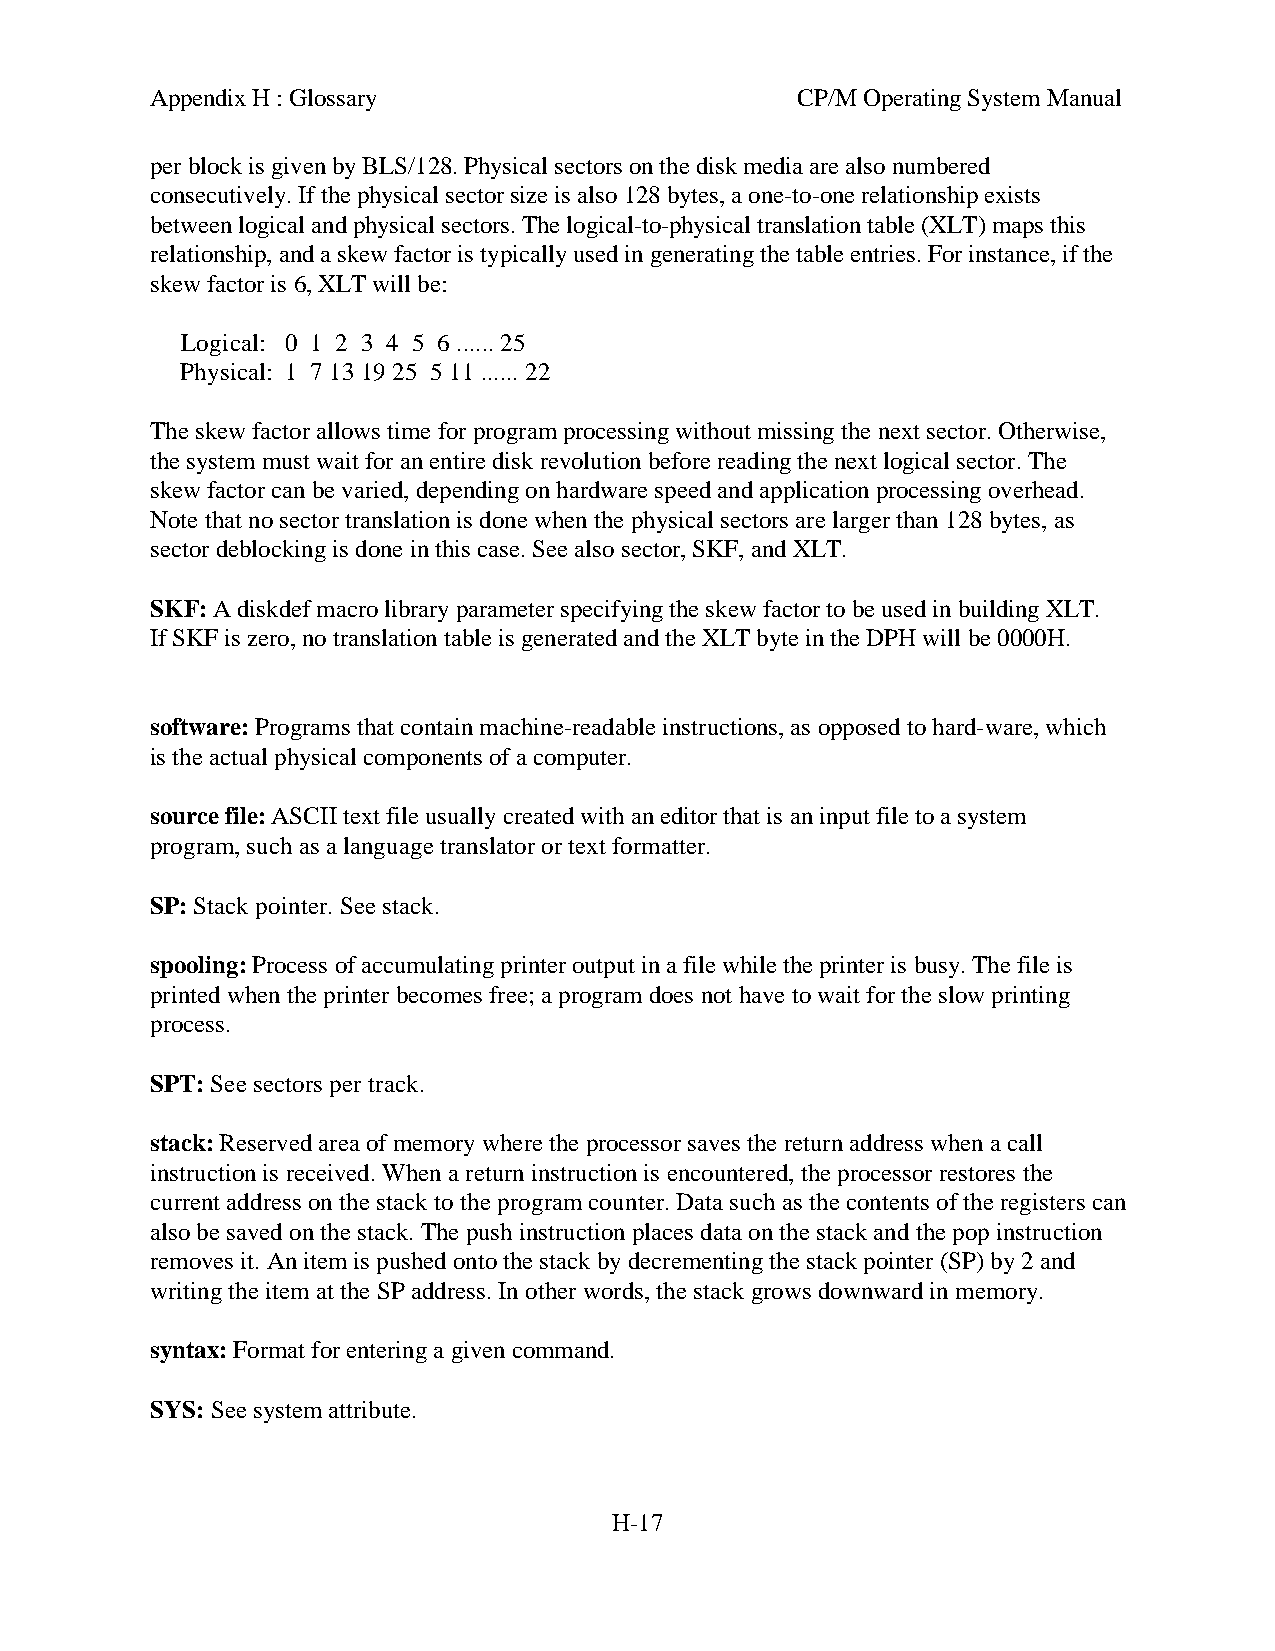
Appendix H : Glossary                      CP/M Operating System Manual
 per block is given by BLS/128. Physical sectors on the disk media are also numbered
 consecutively. If the physical sector size is also 128 bytes, a one-to-one relationship exists
 between logical and physical sectors. The logical-to-physical translation table (XLT) maps this
 relationship, and a skew factor is typically used in generating the table entries. For instance, if the
 skew factor is 6, XLT will be:
 Logical: 0 1 2 3 4 5 6 ...... 25
 Physical: 1 7 13 19 25 5 11 ...... 22
 The skew factor allows time for program processing without missing the next sector. Otherwise,
 the system must wait for an entire disk revolution before reading the next logical sector. The
 skew factor can be varied, depending on hardware speed and application processing overhead.
 Note that no sector translation is done when the physical sectors are larger than 128 bytes, as
 sector deblocking is done in this case. See also sector, SKF, and XLT.
 SKF: A diskdef macro library parameter specifying the skew factor to be used in building XLT.
 If SKF is zero, no translation table is generated and the XLT byte in the DPH will be 0000H.
 software: Programs that contain machine-readable instructions, as opposed to hard-ware, which
 is the actual physical components of a computer.
 source file: ASCII text file usually created with an editor that is an input file to a system
 program, such as a language translator or text formatter.
 SP: Stack pointer. See stack.
 spooling: Process of accumulating printer output in a file while the printer is busy. The file is
 printed when the printer becomes free; a program does not have to wait for the slow printing
 process.
 SPT: See sectors per track.
 stack: Reserved area of memory where the processor saves the return address when a call
 instruction is received. When a return instruction is encountered, the processor restores the
 current address on the stack to the program counter. Data such as the contents of the registers can
 also be saved on the stack. The push instruction places data on the stack and the pop instruction
 removes it. An item is pushed onto the stack by decrementing the stack pointer (SP) by 2 and
 writing the item at the SP address. In other words, the stack grows downward in memory.
 syntax: Format for entering a given command.
 SYS: See system attribute.
 H-17